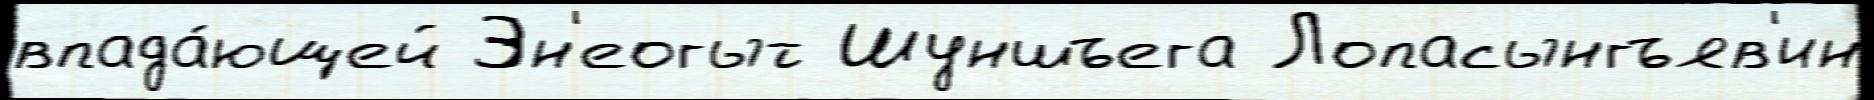
впада́ющей Эн'еогыт Шуншъега Лопасынгъяв'ин